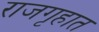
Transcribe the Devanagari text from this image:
राजगृहात